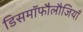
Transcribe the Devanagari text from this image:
डिसमॉफौलौजियाँ